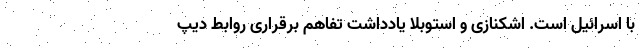
با اسرائیل است. اشکنازی و استوبلا یادداشت تفاهم برقراری روابط دیپ